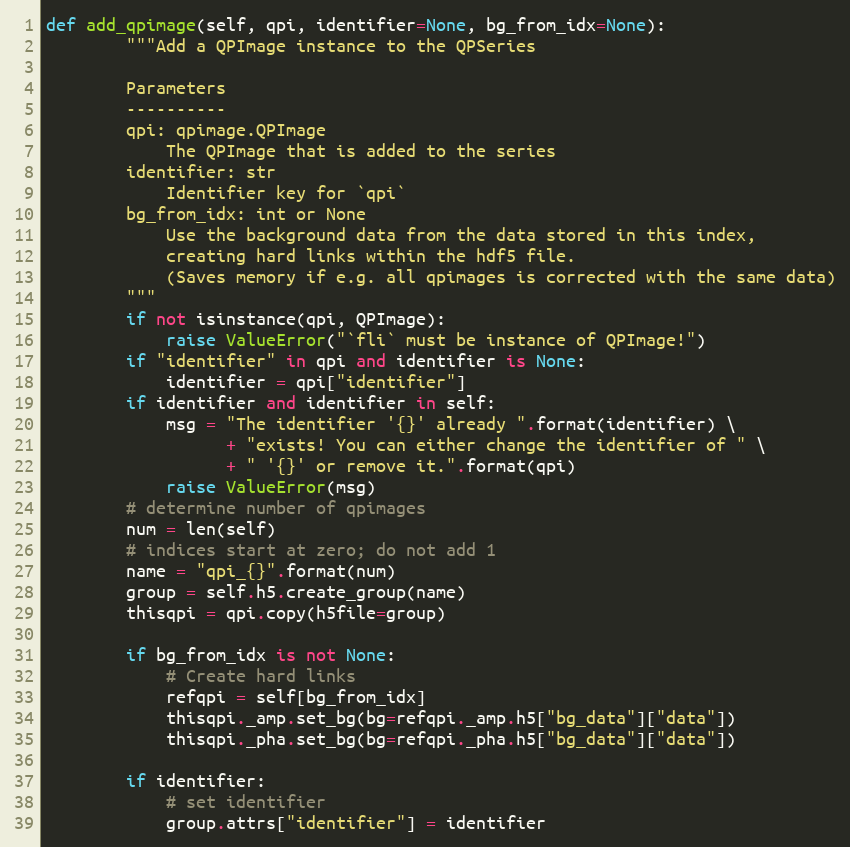
Language: Python
def add_qpimage(self, qpi, identifier=None, bg_from_idx=None):
        """Add a QPImage instance to the QPSeries

        Parameters
        ----------
        qpi: qpimage.QPImage
            The QPImage that is added to the series
        identifier: str
            Identifier key for `qpi`
        bg_from_idx: int or None
            Use the background data from the data stored in this index,
            creating hard links within the hdf5 file.
            (Saves memory if e.g. all qpimages is corrected with the same data)
        """
        if not isinstance(qpi, QPImage):
            raise ValueError("`fli` must be instance of QPImage!")
        if "identifier" in qpi and identifier is None:
            identifier = qpi["identifier"]
        if identifier and identifier in self:
            msg = "The identifier '{}' already ".format(identifier) \
                  + "exists! You can either change the identifier of " \
                  + " '{}' or remove it.".format(qpi)
            raise ValueError(msg)
        # determine number of qpimages
        num = len(self)
        # indices start at zero; do not add 1
        name = "qpi_{}".format(num)
        group = self.h5.create_group(name)
        thisqpi = qpi.copy(h5file=group)

        if bg_from_idx is not None:
            # Create hard links
            refqpi = self[bg_from_idx]
            thisqpi._amp.set_bg(bg=refqpi._amp.h5["bg_data"]["data"])
            thisqpi._pha.set_bg(bg=refqpi._pha.h5["bg_data"]["data"])

        if identifier:
            # set identifier
            group.attrs["identifier"] = identifier